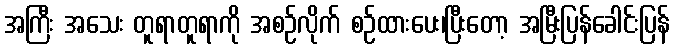
အကြီး အသေး တူရာတူရာကို အစဉ်လိုက် စဉ်ထားပေး၊ပြီးတော့ အမြီးပြန်ခေါင်းပြန်